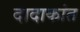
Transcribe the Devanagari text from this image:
दादाकांत